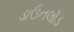
ડાઉનલૉડ